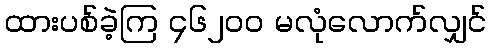
ထားပစ်ခဲ့ကြ ၄၆၂၀၀ မလုံလောက်လျှင်